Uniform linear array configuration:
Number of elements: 24
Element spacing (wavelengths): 1
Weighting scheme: hann
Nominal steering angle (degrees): -45
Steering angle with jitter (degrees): -45.252
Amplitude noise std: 0.05
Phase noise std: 0.05

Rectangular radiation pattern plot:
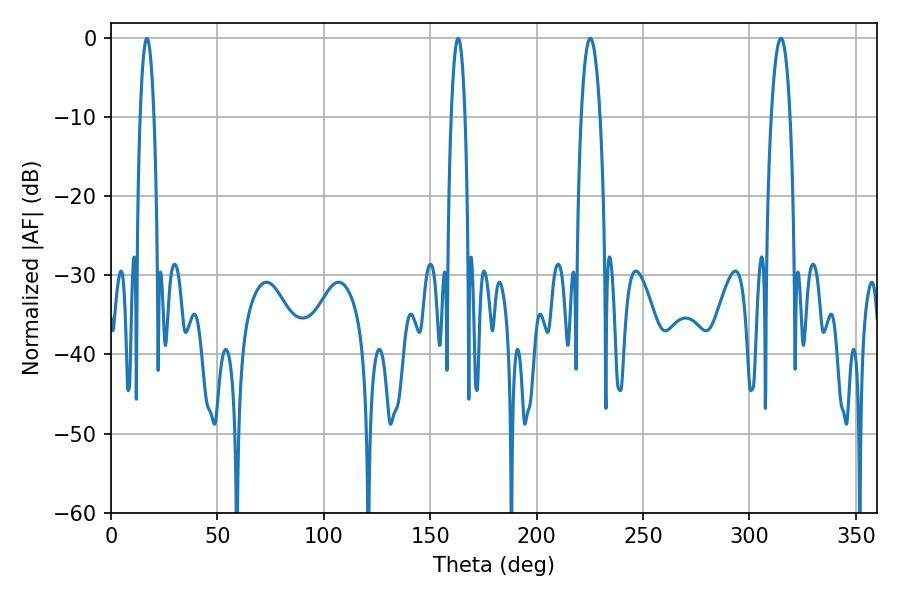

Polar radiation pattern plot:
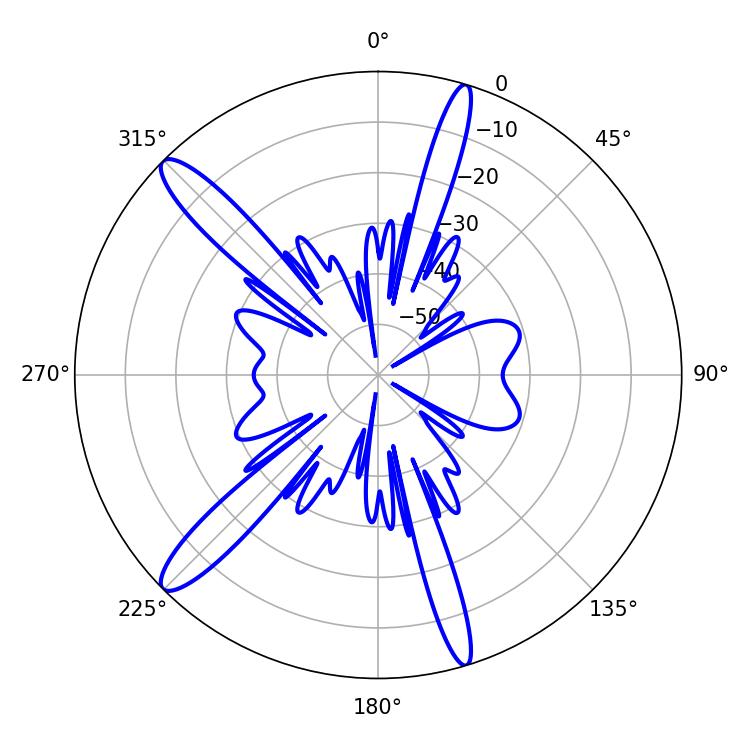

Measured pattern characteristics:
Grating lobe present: TRUE
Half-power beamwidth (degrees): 4.86
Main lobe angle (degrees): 225.18